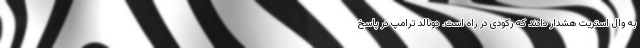
به وال استریت هشدار دادند که رکودی در راه است. دونالد ترامپ در پاسخ